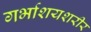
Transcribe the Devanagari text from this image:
गर्भाशयशरीर